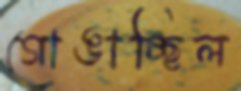
গোঙাচ্ছিল